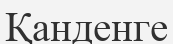
Қанденге